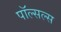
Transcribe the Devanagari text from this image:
पॉल्सल्स